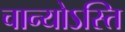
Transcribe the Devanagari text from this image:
चान्योऽस्ति